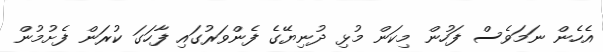
އެހެން ނަމަވެސް ފަހުން މިކަން މުޅި ދުނިޔޭގެ ފެންވަރުގައި ފާހަގަ ކުރަން ފެށުމުން